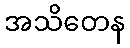
အသိတေန